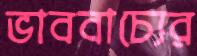
ভাববাচ্যের